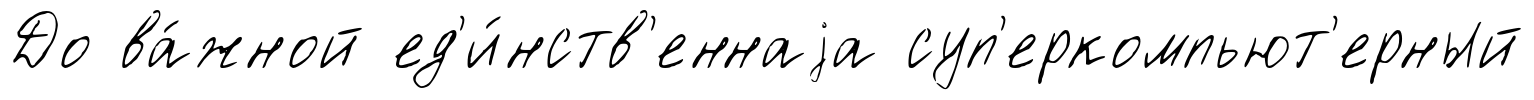
До ва́жной ед'и́нств'еннаjа суп'еркомпьют'ерный